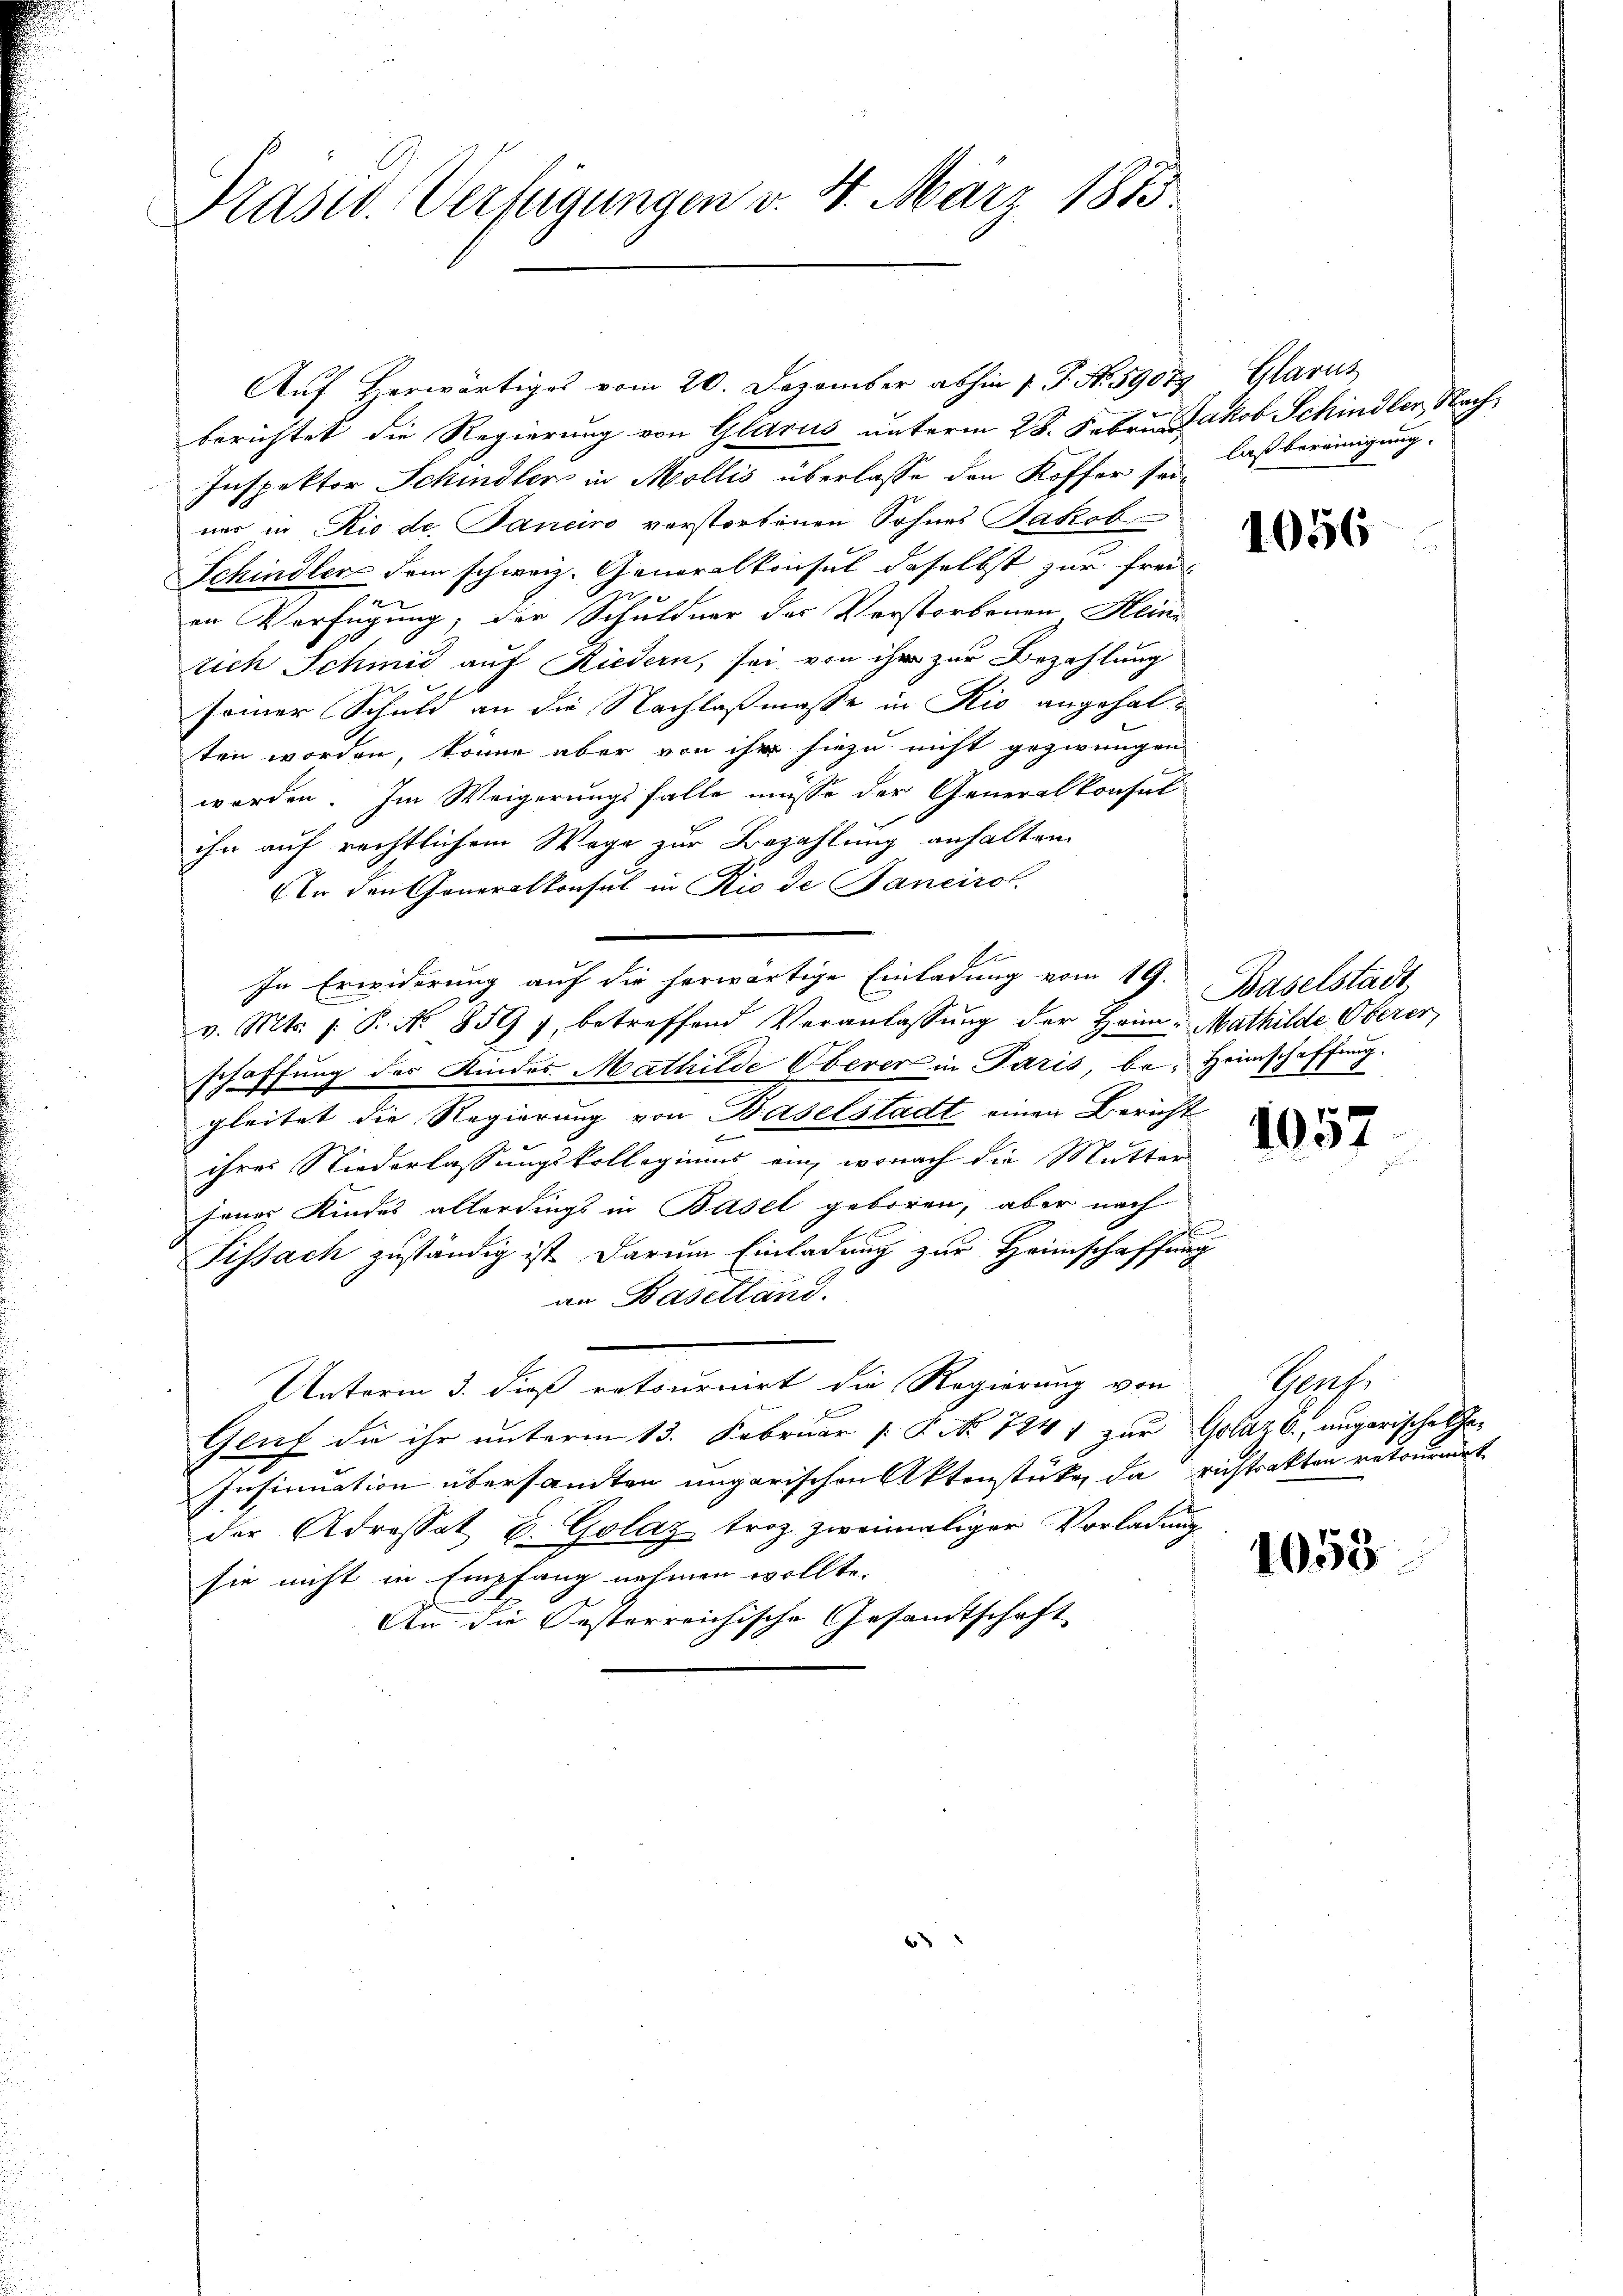
Präsid. Verfügungen v. 4. März 1873.

Auf Herwärtiges vom 20. Dezember abhin 1. P. Nr. 59079 Glarus
berichtet die Regierung von Glarus unterm 28. Februn Jakob Schindler Nach
Inspektor Schindler in Mollis überlasse den Koffer sei-
ner in Rio de Panciro verstorbenen Sohnes Jakob
Schindler dem schweiz. Generalkonsul daselbst zur frei-
x
x
in Verfügung, der Schuldner des Verstorbenen Hein
tich Schmid auf Riedern, sei, von ihr zur Bezahlung
seiner Schuld an die Nachlaßmasse in Rio angehalten worden, könne aber von ihr hiezu nicht gezwungen
worden. Im Weigerungsfalle müsse der Generalkonsul
ihn auf rechtlichem Wege zur Bezahlung anhalten.
An den Generalkonsul in Rio de Janeirol.
In Erwiderung auf die herwärtige Einladung vom 19.
v. Mts. s. S. Nr. 859 f. betreffend Veranlassŭng der Heim. Mathilde Oberer,
schaffung des Kindes Mathilde Oberer in Paris, be- Heimschaffung.
gleitet die Regierung von Baselstadt einen Bericht
ihres Niederlassungskollegiums ein, wonach die Mutter
fenes Kindes allerdings in Basel geboren, aber nach
f
Fissach zuständig ist darum Einladung zur Heimschaffung
an Baselland.
Unterm 3. dieß retournirt die Regierung von
Gluf die ihr unterm 13. Februar P. Nr. 724 1 zur Golaz b ungarische Ge¬
Insinuation übersandten ungarischen Aktenstüke da richtrakten retournet
der Adressat E. Golaz troz zweimaliger Vorladung
sie nicht in Empfang nehmen wollte.
An die Oesterreichische Gesamtschaft

e

laß bereinigung.

1056

Baselstadt,

1057

1053

Hch.